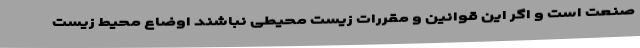
صنعت است و اگر این قوانین و مقررات زیست محیطی نباشند اوضاع محیط زیست